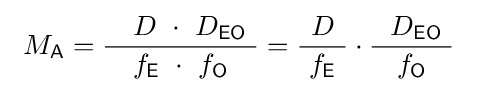
\ M_{\mathsf {A}}={\frac {~~~D\ \cdot \ D_{\mathsf {EO}}\ }{\ f_{\mathsf {E}}\ \cdot \ f_{\mathsf {O}}\ }}={\frac {D}{~f_{\mathsf {E}}\ }}\cdot {\frac {~~D_{\mathsf {EO}}\ }{~f_{\mathsf {O}}\ }}\